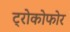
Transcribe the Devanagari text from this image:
ट्रोकोफोर